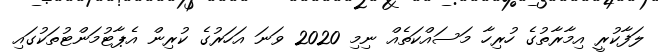
ލަފާކުރީ އިމާރާތުގެ ހުރިހާ މަސައްކަތެއް ނިމި 2020 ވަނަ އަހަރުގެ ކުރިން އެޕާޓުމަންޓުތަކުގައި